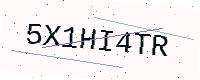
Text: 5X1HI4TR